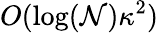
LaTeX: O(\log(\mathcal{N})\kappa^{2})